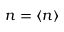
n = \langle n \rangle